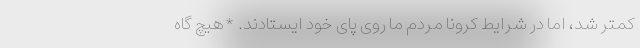
کمتر شد، اما در شرایط کرونا مردم ما روی پای خود ایستادند. *هیچ گاه